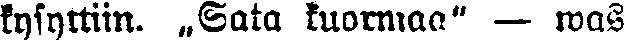
kysyttiin. „Sata kuormaa" — was